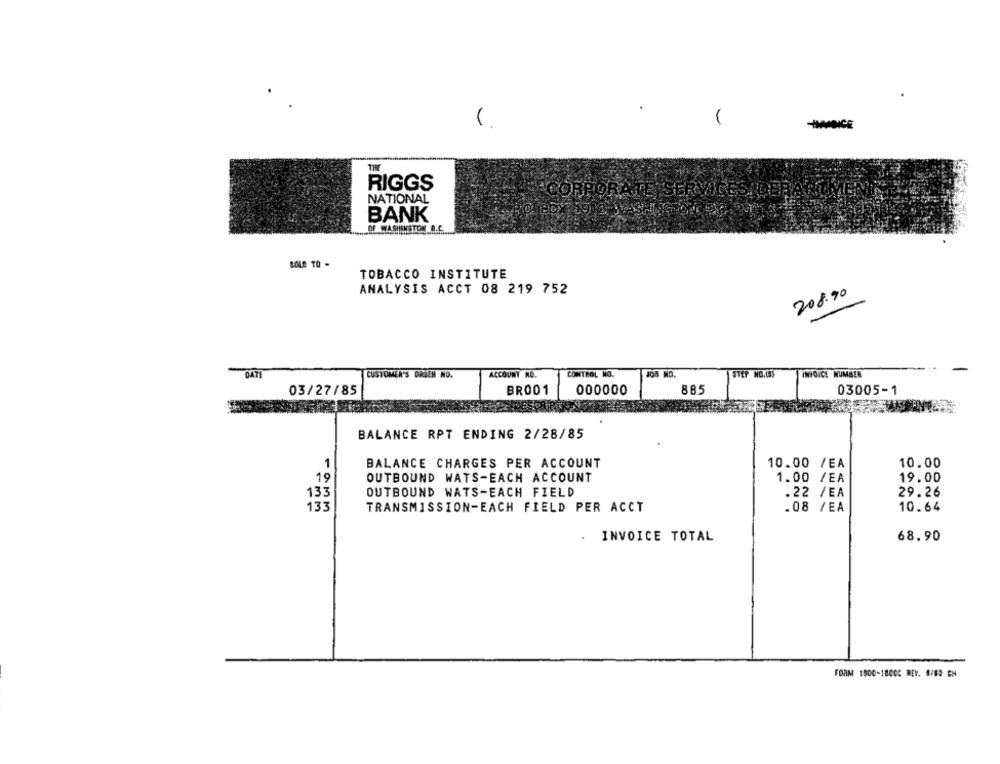
-
-CE
THE
RIGGS
NATIONAL
"CORPORATE SERVICES DEPARTMENT
BANK
OF WASHINGTON D.C.
SOLE TO -
TOBACCO INSTITUTE
ANALYSIS ACCT 08 219 752
208.90
DATE
CUSTOMER'S DAGEN NO.
ACCOUNT NO.
CONTROL NO.
STEP NO.139
INVOICE NUMBER
BR001
885
03005-1
03/27/85
000000
BALANCE RPT ENDING 2/28/85
1
BALANCE CHARGES PER ACCOUNT
10.00 /EA
10.00
19
OUTBOUND WATS-EACH ACCOUNT
1.00 /EA
19.00
133
OUTBOUND WATS-EACH FIELD
.22 /EA
29.26
133
TRANSMISSION-EACH FIELD PER ACCT
.08 /EA
10.64
INVOICE TOTAL
68.90
FORM 1800-1800C BEY. 6/89 EN